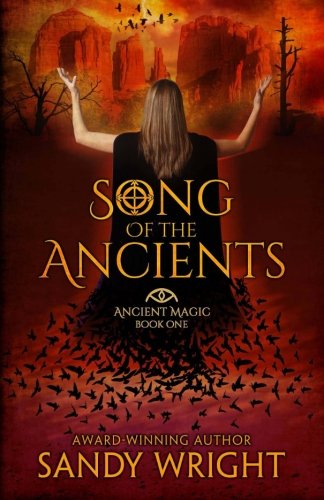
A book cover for Song of the Ancients  (Ancient Magic); Sandy Wright; Science Fiction & Fantasy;